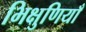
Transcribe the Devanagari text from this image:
भिक्षुणियाँ